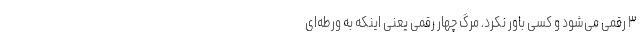
۳ رقمی می‌شود و کسی باور نکرد. مرگ چهار رقمی یعنی اینکه به ورطه‌ای